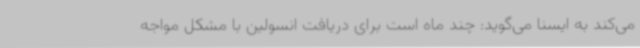
می‌کند به ایسنا می‌گوید: چند ماه است برای دریافت انسولین با مشکل مواجه